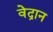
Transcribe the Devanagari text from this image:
वेद्रान